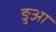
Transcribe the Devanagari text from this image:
ङुआ